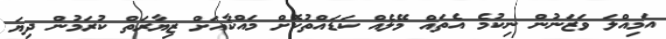
އަމިއްލަ ވަޒަނުން ނިކުމެ އެތައް މޭލެއް ކަޑައްތުކޮށް މައްކާއަށް ޒިޔާރަތް ކުރަމުން ދިޔަ